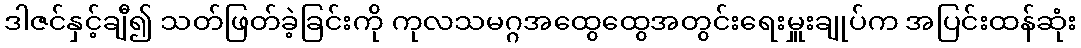
ဒါဇင်နှင့်ချီ၍ သတ်ဖြတ်ခဲ့ခြင်းကို ကုလသမဂ္ဂအထွေထွေအတွင်းရေးမှူးချုပ်က အပြင်းထန်ဆုံး